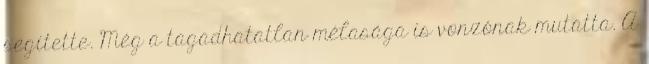
segítette. Még a tagadhatatlan mélasága is vonzónak mutatta. A